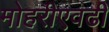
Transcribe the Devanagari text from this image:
मोहरीएवढी